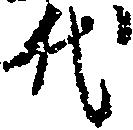
代